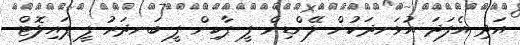
އަދި އެފަދަ އުޅަނދަކުން ލޭންޑިން ފީ ޕާކިން ފީ ބަނދަރު ފީ ޕައިލޮޓް